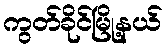
ကွတ်ခိုင်မြို့နယ်